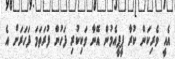
އެއީ ވެރިކަން ކުރާ ޕީޕީއެމުން އޭނާ ވަކިކުރި ފަހުން ފުރަތަމަ ފަހަރަށް އެ